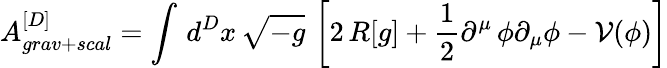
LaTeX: A_{grav+scal}^{[D]}=\int\, d^{D}x\, \sqrt{-g}\, \left[2\, R[g]+\frac{1}{2}\partial^{\mu}\, \phi\partial_{\mu}\phi-\mathcal{V}(\phi)\right]